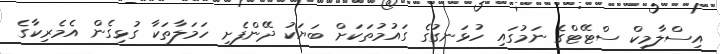
އިސްލާމިކް ސްޓޭޓްގެ ނަމުގައި ހުޅަނގުގެ ގައުމުތަކަށް ބަޔަކު ދޭންފެށި ހަމަލާތަކާ ގުޅިގެން އެމެރިކާގެ